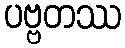
ပဗ္ဗတဿ